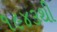
૧૯૪૩થી